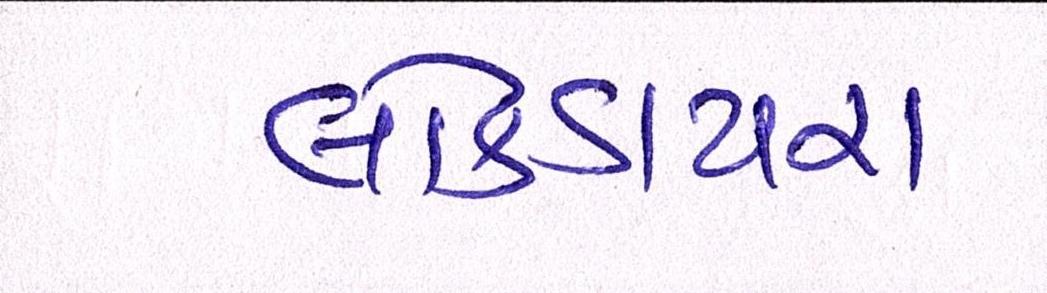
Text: લોકડાયરા